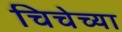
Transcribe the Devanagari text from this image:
चिचेच्या